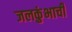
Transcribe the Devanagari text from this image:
जलकुंभाची